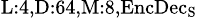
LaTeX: _{\textrm{L}:4,\textrm{D}:64,\textrm{M}:8,\textrm{EncDec}_{\textrm{S}}}